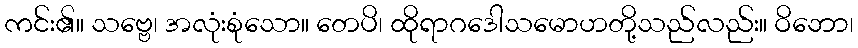
ကင်း၏။ သဗ္ဗေ၊ အလုံးစုံသော။ တေပိ၊ ထိုရာဂဒေါသမောဟတို့သည်လည်း။ ဝိဘော၊